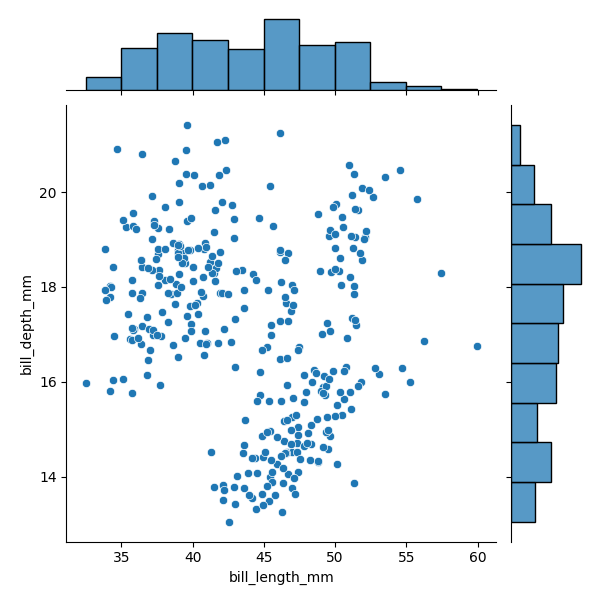
python, seaborn, JointGrid, scatterplot, histplot